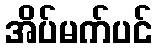
အိပ်မက်ပင်